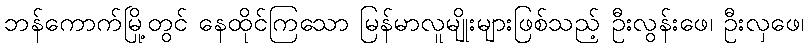
ဘန်ကောက်မြို့တွင် နေထိုင်ကြသော မြန်မာလူမျိုးများဖြစ်သည့် ဦးလွန်းဖေ၊ ဦးလှဖေ၊